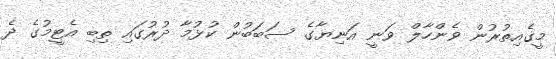
މީގެއިތުރުން ވެންހާލް ވަނީ އަނިޔާގެ ސަބަބުން ކުޅުމާ ދުރުގައި ތިބި އެޓީމުގެ ދެ